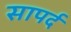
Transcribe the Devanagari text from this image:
सापर्द